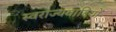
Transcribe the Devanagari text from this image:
स्वराज्यवादियों